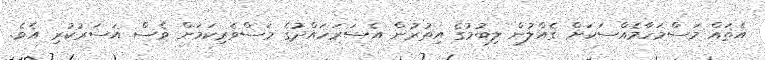
އެތައް މަސްމަހާމެއްސަކަށް ގެއްލުން ލިބުމުގެ އިތުރުން އެސަރަހައްދުގެ މަސްވެރިކަމަށް ވެސް އަސަރުކުރި އެވެ.